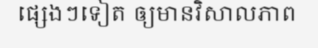
ផ្សេងៗទៀត ឲ្យមានវិសាលភាព